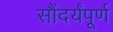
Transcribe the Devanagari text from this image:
सौंदर्यंपूर्ण